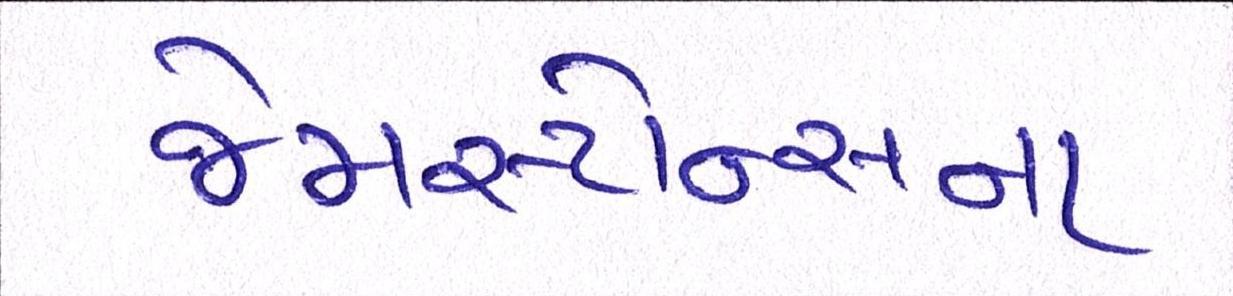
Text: જેમસ્ટોન્સના